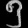
Digit: ၅